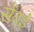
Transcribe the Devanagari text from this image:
सेंवई